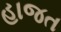
હાજત